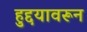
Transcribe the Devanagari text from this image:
हुद्दयावरून